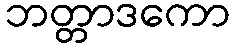
ဘတ္တာဒကော